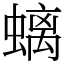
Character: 螭